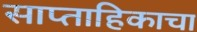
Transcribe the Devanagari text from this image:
साप्‍ताहिकाचा